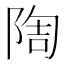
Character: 𨺃